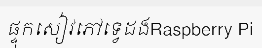
ផ្ទុកសៀវភៅទ្វេដងRaspberry Pi